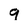
Character: 9